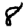
Digit: 8